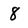
Character: 8